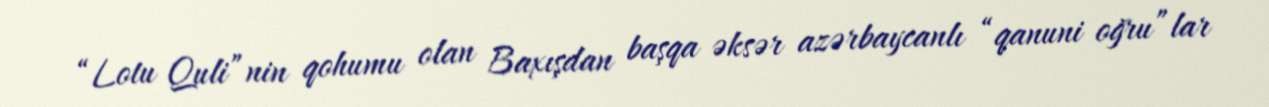
“Lotu Quli”nin qohumu olan Baxışdan başqa əksər azərbaycanlı “qanuni oğru”lar